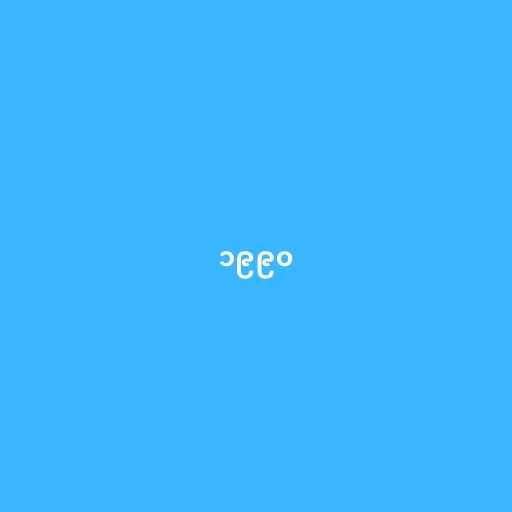
၁၉၉၀